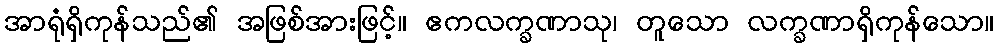
အာရုံရှိကုန်သည်၏ အဖြစ်အားဖြင့်။ ဧကလက္ခဏာသု၊ တူသော လက္ခဏာရှိကုန်သော။